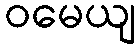
ဝမေယျ